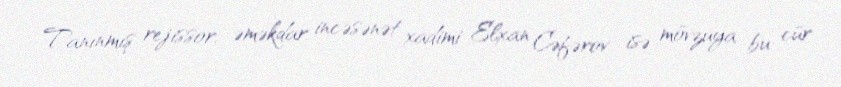
Tanınmış rejissor, əməkdar incəsənət xadimi Elxan Cəfərov isə mövzuya bu cür